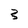
Character: 3